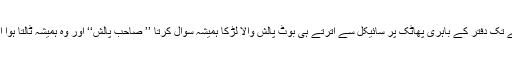
پھر دس بجے تک دفتر کے باہری پھاٹک پر سائیکل سے اترتے ہی بوٹ پالش والا لڑکا ہمیشہ سوال کرتا ’’ صاحب پالش‘‘ اور وہ ہمیشہ ٹالتا ہوا اندر چلا جاتا۔